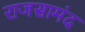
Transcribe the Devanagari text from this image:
राजसामंद